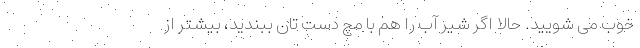
خوب می شویید. حالا اگر شیر آب را هم با مچ دست تان ببندید، بیشتر از